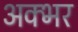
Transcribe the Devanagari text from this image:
अक्भर